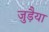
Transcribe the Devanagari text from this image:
जुड़ैया